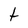
Character: t